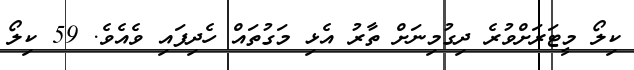
ކިލޯ މީޓަރަށްވުރެ ދިގުމިނަށް ތާރު އެޅި މަގުތައް ހެދިފައި ވެއެވެ. 59 ކިލޯ